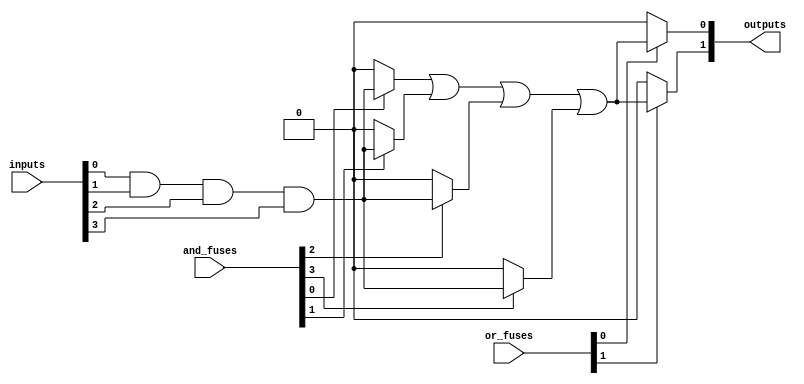
module fuse_based_PLA #(
    parameter NUM_INPUTS = 4,    // Number of inputs
    parameter NUM_AND_GATES = 4,  // Number of AND gates
    parameter NUM_OR_GATES = 2     // Number of OR gates
)(
    input wire [NUM_INPUTS-1:0] inputs, // Input signals
    input wire [NUM_AND_GATES-1:0] and_fuses, // Fuse configuration for AND gates
    input wire [NUM_OR_GATES-1:0] or_fuses,   // Fuse configuration for OR gates
    output wire [NUM_OR_GATES-1:0] outputs     // Output signals
);

    // Internal signals for AND gate outputs
    wire [NUM_AND_GATES-1:0] and_outputs;

    // Programmable AND array
    genvar i, j;
    generate
        for (i = 0; i < NUM_AND_GATES; i = i + 1) begin : and_gate
            assign and_outputs[i] = (and_fuses[i]) ? (inputs[0] & inputs[1] & inputs[2] & inputs[3]) : 1'b0; // Example logic
        end
    endgenerate

    // Programmable OR array
    generate
        for (j = 0; j < NUM_OR_GATES; j = j + 1) begin : or_gate
            assign outputs[j] = (or_fuses[j]) ? (and_outputs[0] | and_outputs[1] | and_outputs[2] | and_outputs[3]) : 1'b0; // Example logic
        end
    endgenerate

endmodule